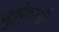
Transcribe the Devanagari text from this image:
भुट्टोकलाँ